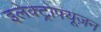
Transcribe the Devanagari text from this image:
इलेक्ट्रोफ्यूज़न